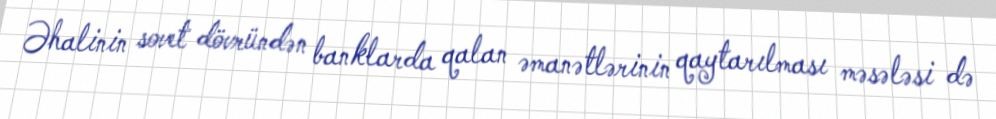
Əhalinin sovet dövründən banklarda qalan əmanətlərinin qaytarılması məsələsi də